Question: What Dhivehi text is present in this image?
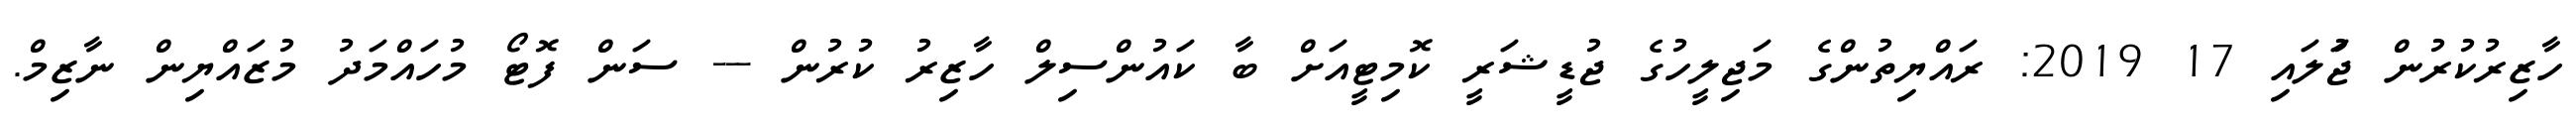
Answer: ހާޒިރުކުރުން ޖުަލައި 17 2019: ރައްޔިތުންގެ މަޖިލީހުގެ ޖުޑީޝަރީ ކޮމިޓީއަށް ބާ ކައުންސިލް ހާޒިރު ކުރުން --- ސަން ފޮޓޯ މުހައްމަދު މުޒައްޔިން ނާޒިމް.